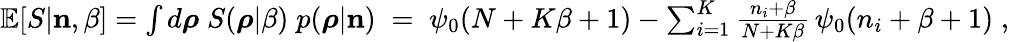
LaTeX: \begin{array}{r}{\mathbb{E}[S|{\mathbf n},\beta]=\int d\boldsymbol{\rho}\; S(\boldsymbol{\rho}|\beta)\; p(\boldsymbol{\rho}|{\mathbf n})\; =\; \psi_{0}(N+K\beta+1)-\sum_{i=1}^{K}\frac{n_{i}+\beta}{N+K\beta}\, \psi_{0}(n_{i}+\beta+1)\; ,}\end{array}